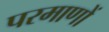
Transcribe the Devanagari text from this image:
परमाणों